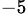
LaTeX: ^{-5}